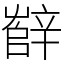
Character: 辥